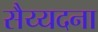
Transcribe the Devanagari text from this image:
सैय्यदना